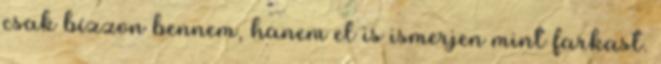
csak bízzon bennem, hanem el is ismerjen mint farkast.